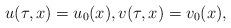
LaTeX: \begin{align*} u( \tau, x) =u_0(x), v( \tau, x) = v_0(x), \end{align*}